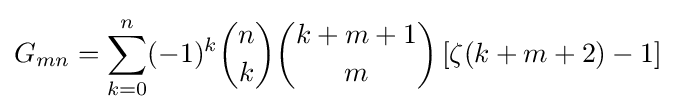
G_{mn}=\sum _{k=0}^{n}(-1)^{k}{n \choose k}{k+m+1 \choose m}\left[\zeta (k+m+2)-1\right]